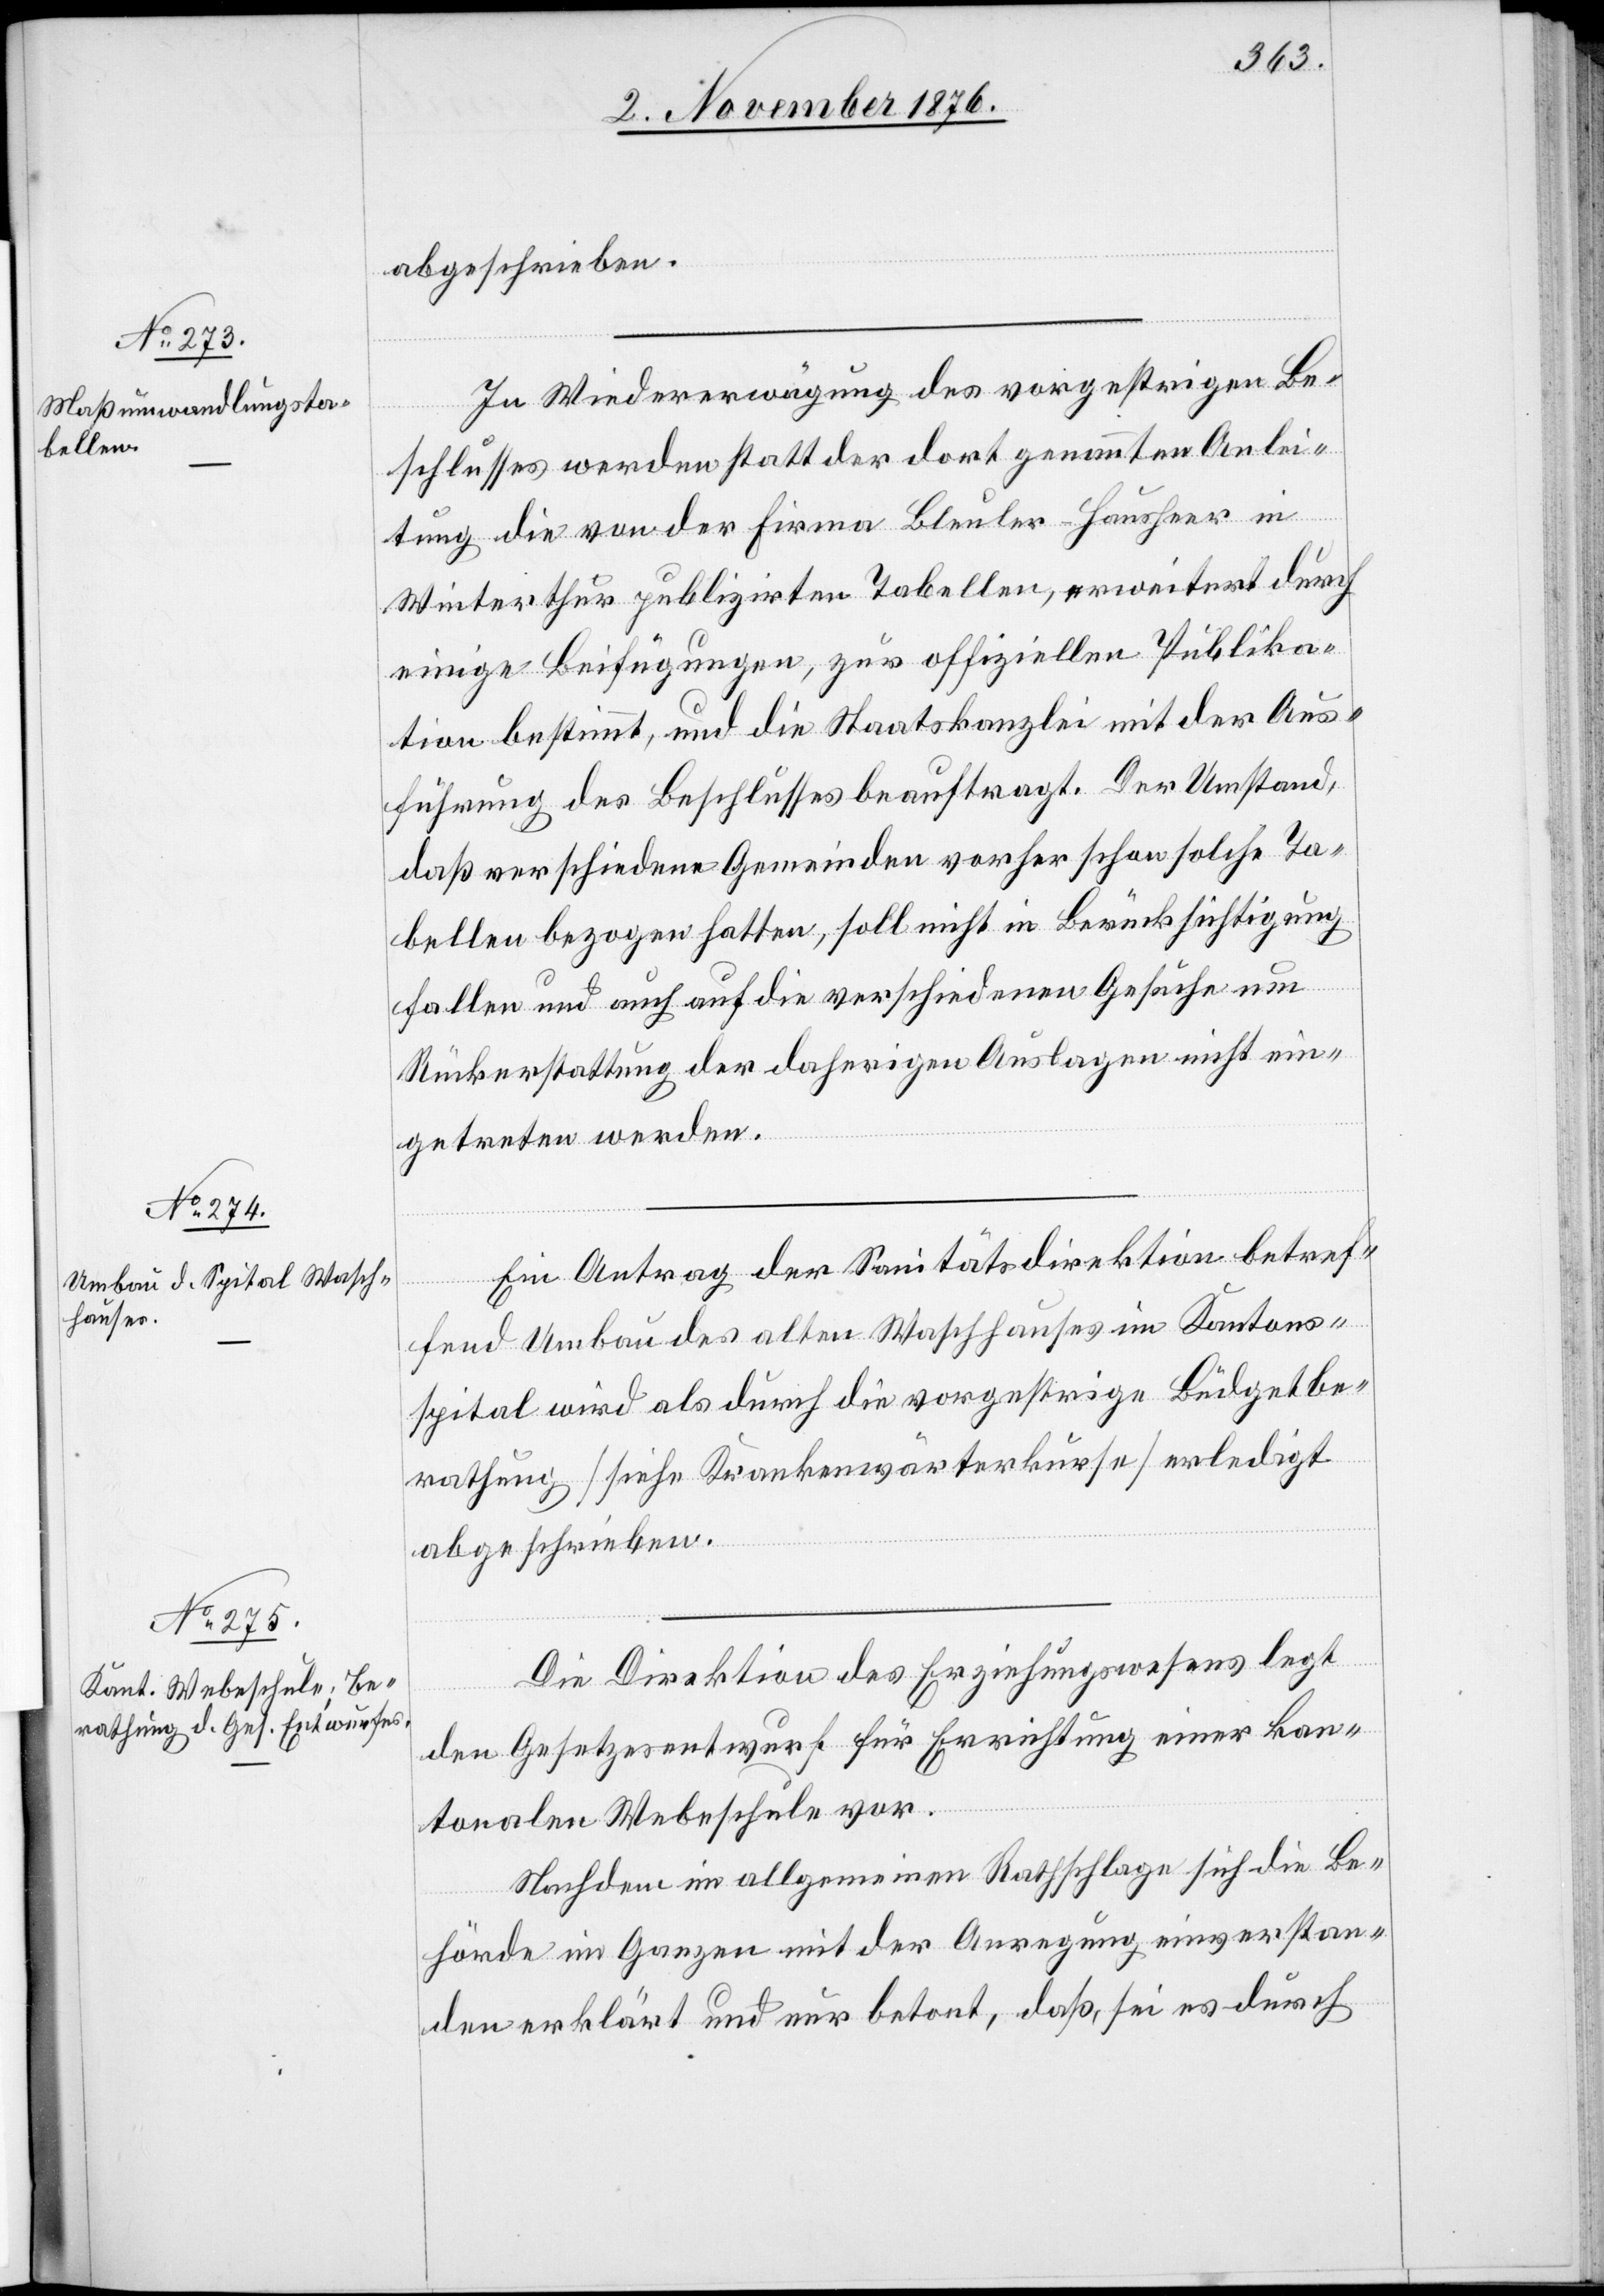
abgeschrieben.
In Wiedererwägung des vorgestrigen Be¬
schlusses werden statt der dort genannten Anlei¬
tung die von der Firma Bleuler-Hausheer in
Winterthur publizirten Tabellen, erweitert durch
einige Beifügungen, zur offiziellen Publika¬
tion bestimmt, und die Staatskanzlei mit der Aus¬
führung des Beschlusses beauftragt. Der Umstand,
daß verschiedene Gemeinden vorher schon solche Ta¬
bellen bezogen hatten, soll nicht in Berücksichtigung
fallen und auch auf die verschiedenen Gesuche um
Rückerstattung der daherigen Auslagen nicht ein¬
getreten werden.
Ein Antrag der Sanitätsdirektion betref¬
fend Umbau des alten Waschhauses im Kantons¬
spital wird als durch die vorgestrige Büdgetbe¬
rathung [siehe Krankenwärterkurse] erledigt
abgeschrieben.
Die Direktion des Erziehungswesens legt
den Gesetzesentwurf für Errichtung einer kan¬
tonalen Webeschule vor.
Nachdem im allgemeinen Rathschlage sich die Be¬
hörde im Ganzen mit der Anregung einverstan¬
den erklärt und nur betont, daß, sei es durch